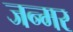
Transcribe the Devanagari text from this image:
जन्मर